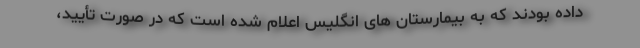
داده بودند که به بیمارستان های انگلیس اعلام شده است که در صورت تأیید،